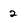
Character: 2